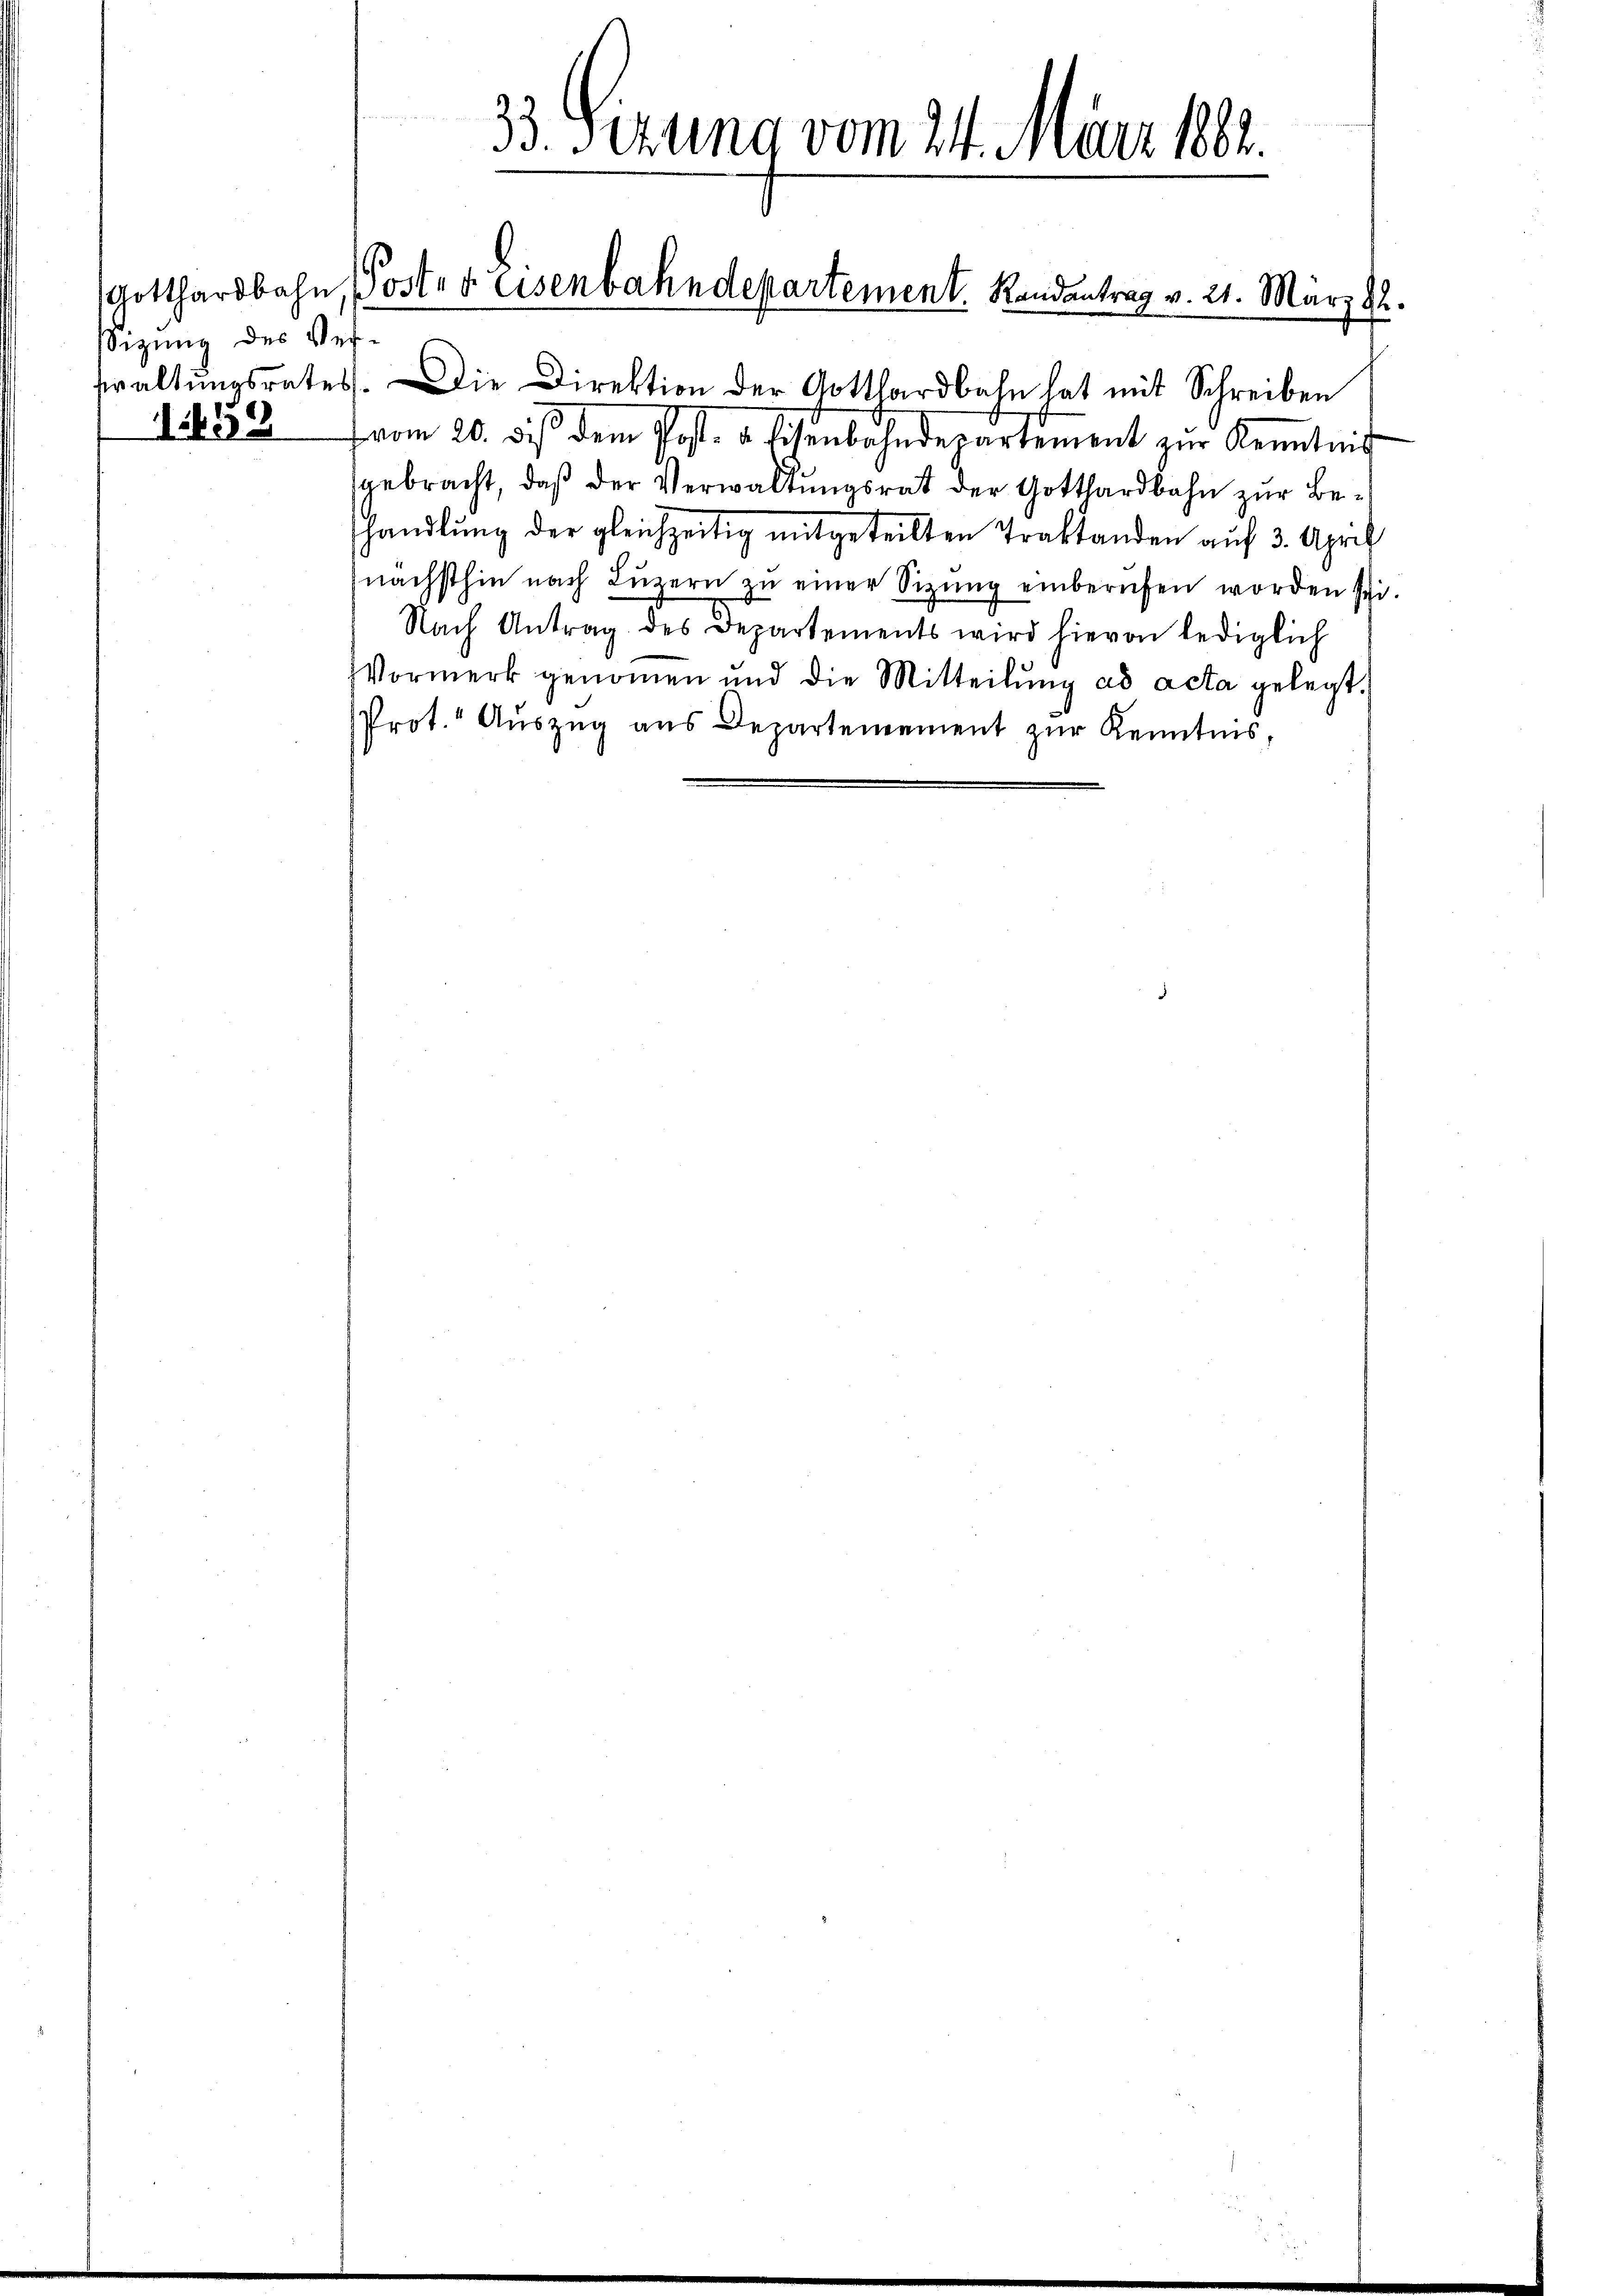
sizung des Ver¬

33. Sizung vom 24. März 182.

Gotthardbahn, Poster Eisenbahndepartement. Randantrag v. 21. März 22.

waltŭngsrates. Die Direktion der Gotthardbahn hat mit Schreiben
1. 352 vom 20. dies dem Post. a. Eisenbahndepartement zŭr Kenntnis
gebracht, daß der Verwaltungsrat der Gotthardbahn zur Behandlung der gleichzeitig mitgeteilten Traktanden auf 3. April
nächsthin nach Luzern zu einer Sitzung einberufen worden sei.
Nach Antrag des Departements wird hievon lediglich
Vormerk genoṁen und die Mitteilŭng ad acta gelegt.
Prot. Auszug aus Departemement zŭr Kenntnis,